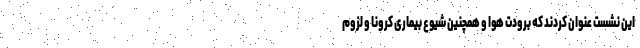
این نشست عنوان کردند که برودت هوا و همچنین شیوع بیماری کرونا و لزوم